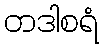
တဒါစရံ